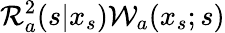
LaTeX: {\cal R}_{a}^{2}(s|x_{s}){\cal W}_{a}(x_{s};s)